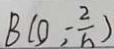
B ( O , - \frac { 2 } { 6 } )